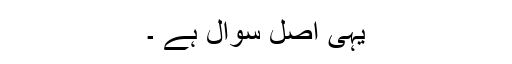
یہی اصل سوال ہے ۔